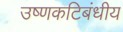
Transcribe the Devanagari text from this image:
उष्‍णकटिबंधीय